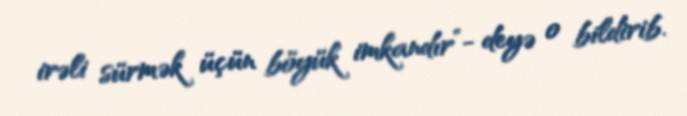
irəli sürmək üçün böyük imkandır”- deyə o bildirib.